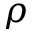
\rho